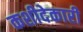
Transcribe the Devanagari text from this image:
कशीदेकारी